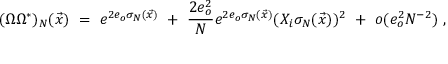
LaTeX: ( \Omega \Omega ^ { * } ) _ { N } ( \vec { x } ) \ = \ e ^ { 2 e _ { o } \sigma _ { N } ( \vec { x } ) } \ + \ \frac { 2 e _ { o } ^ { 2 } } { N } e ^ { 2 e _ { o } \sigma _ { N } ( \vec { x } ) } ( X _ { i } \sigma _ { N } ( \vec { x } ) ) ^ { 2 } \ + \ o ( e _ { o } ^ { 2 } N ^ { - 2 } ) \ ,